Civil Veterinary Department Bihar reports 1940-50 - 1940-1950
Year: 1940
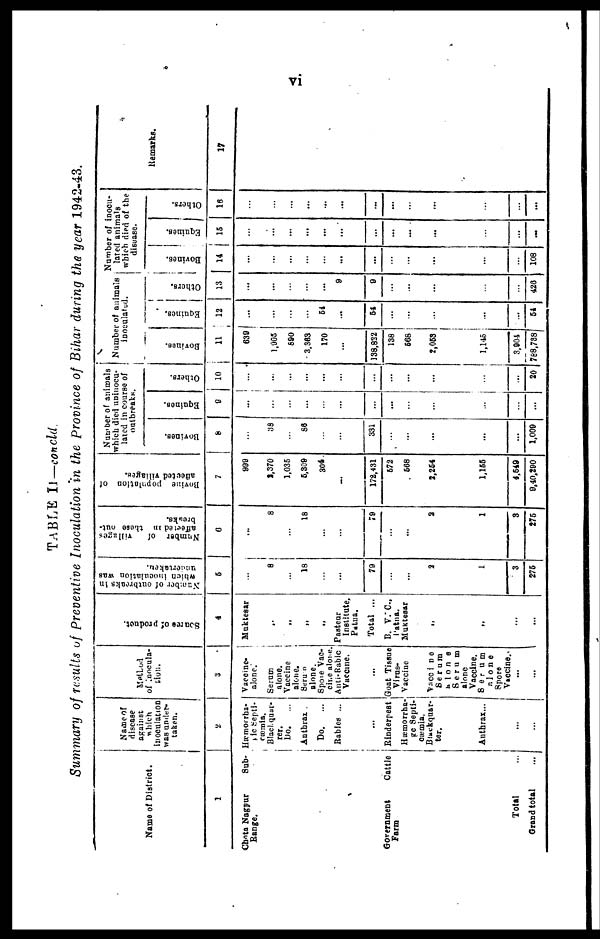
vi
TABLE II—concld.
Summary of results of Preventive Inoculation in the Province of Bihar during the year 1942-43.
Name of District.
1
Chota Nagpur
Sub-
Range.
Government
Cattle
Farm
Total
Grand total
Name of
disease
against
which
inoculation
was under-
taken.
2
Hæmorrha-
gic Septi-
cæmia.
Blackquar-
ter.
Do.
...
Anthrax .
Do.
...
Rabies ...
...
Rinderpest
Hæmorrha-
ge Septi-
cæmia.
Blackquar-
ter.
Anthrax...
...
...
Method
of Inocula-
tion.
3
Vaccine-
alone.
Serum
alone.
Vaccine
alone.
Serum
alone.
Spore Vac-
cine alone.
Anti-Rabic
Vaccine.
...
Goat Tissue
Virus-
Vaccine
Vaccine
Serum
alone
Serum
alone
Vaccine.
Serum
alone
Spore
Vaccine.
Source
of product.
4
Muktesar
„
„
„
„
Pasteur
Institute,
Patna.
Total ...
B. V. C.,
Patna.
Muktesar
„
„
...
Number of outbreaks in
which
inoculation was
undertaken.
5
...
8
...
18
...
...
79
2
1
3
275
Number of
villages
affected in these out-
breaks.
6
...
8
...
18
...
...
79
2
1
3
275
Bovine population of
affected villages.
7
999
2,370
1.035
5,309
304.
...
172,431
572
568
2,254
1,155
4,549
9,40,290
Number of animals
which died uninocu-
lated in course of
outbreaks.
Bovines.
8
...
38
...
86
...
...
331
1,009
Equines.
9
...
...
...
...
...
...
...
...
Others.
10
...
...
...
...
...
...
...
20
Number of animals
inoculated.
Bovines.
11
639
1 905
690
3,363
170
...
138,822
138
568
2,053
1,145
3,904
788,738
Equines.
12
...
...
...
...
54
...
54
...
...
...
...
...
54
Others.
13
...
...
...
...
...
9
9
...
426
Number of inocu-
lated animals
which died of the
disease.
Bovines.
14
...
...
...
...
...
...
...
...
108
Equines.
15
...
...
...
...
...
...
...
...
...
...
Others.
16
...
...
...
...
...
...
...
...
...
...
Remarks.
17